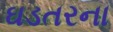
ઘડતરના